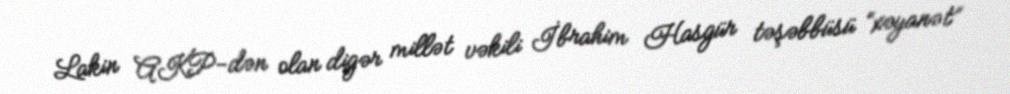
Lakin AKP-dən olan digər millət vəkili İbrahim Hasgür təşəbbüsü “xəyanət”